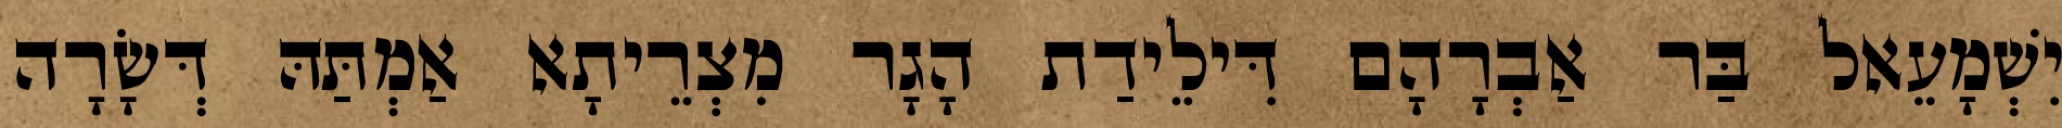
יִשְׁמָעֵאל בַּר אַבְרָהָם דִּילֵידַת הָגָר מִצְרֵיתָא אַמְתַּהּ דְּשָׂרָה